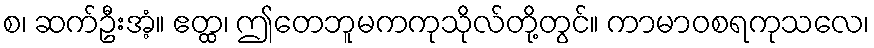
စ၊ ဆက်ဦးအံ့။ ဧတ္ထ၊ ဤတေဘူမကကုသိုလ်တို့တွင်။ ကာမာဝစရကုသလေ၊